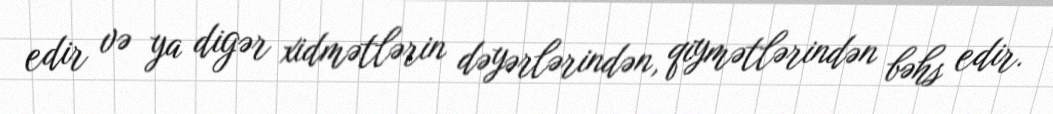
edir və ya digər xidmətlərin dəyərlərindən, qiymətlərindən bəhs edir.